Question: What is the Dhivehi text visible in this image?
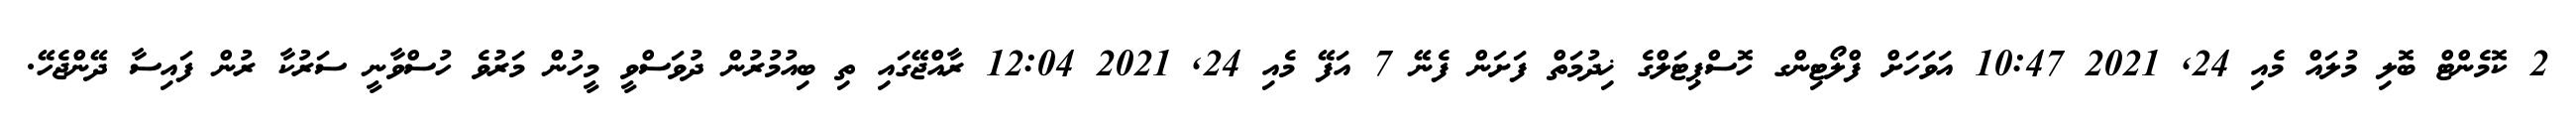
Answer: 2 ކޮމެންޓް ބޮލި މުލައް މެއި 24, 2021 10:47 އަވަހަށް ފްލޯޓިންގ ހޮސްޕިޓަލްގެ ޚިދުމަތް ފަށަން ފެނޭ 7 އަފޭ މެއި 24, 2021 12:04 ރާއްޖޭގައި ތި ބިއުމުރުން ދުވަސްވީ މީހުން މަރުވެ ހުސްވާނީ ސަރުކާ ރުން ފައިސާ ދޭންޖެހޭ.